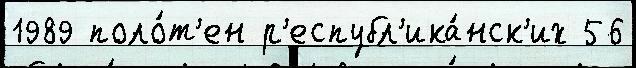
1989 поло́т'ен р'еспубл'ика́нск'их 56